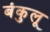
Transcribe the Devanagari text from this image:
बंकुलू